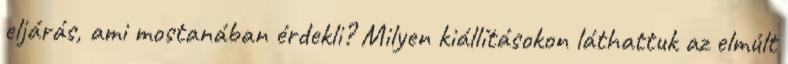
eljárás, ami mostanában érdekli? Milyen kiállításokon láthattuk az elmúlt